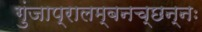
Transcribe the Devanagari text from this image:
गुंजाप्रालम्बनच्छन्नः